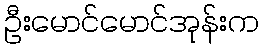
ဦးမောင်မောင်အုန်းက